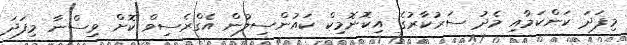
މިފަދަ ކަންކަމާއި މެދު ސަރުކާރުގެ އިކޮނޮމިކް ކައުންސިލުން އެގްރެސިވް ކޮށް ވިސްނާ މިފަދަ